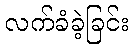
လက်ခံခဲ့ခြင်း